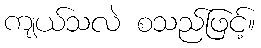
ကျယ်သလဲ စသည်ဖြင့်။